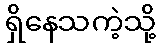
ရှိနေသကဲ့သို့